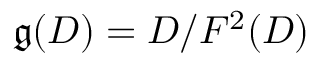
\mathfrak { g } ( D ) = D / F ^ { 2 } ( D )